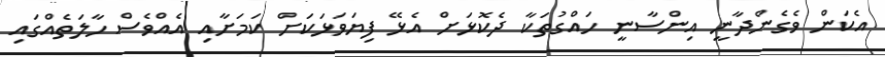
އެކަން ވެގެންދާނީ އިންސާނީ ހައްގުތަކާ ދެކޮޅަށް އެޅޭ ފިޔަވަޅަކަށް ކަމަށާއި އެއްވެސް ހާލަތެއްގައި